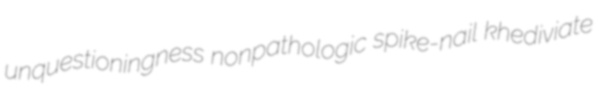
unquestioningness nonpathologic spike-nail khediviate